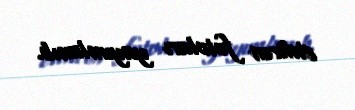
etdirən fotoları yayımlanıb.